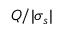
Q / | \sigma _ { s } |